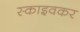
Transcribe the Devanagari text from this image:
स्काइवकर